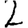
Digit: 2